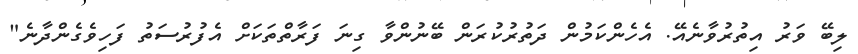
ލިބޭ ވަރު އިތުރުވާނެއޭ. އެހެންކަމުން ދަތުރުކުރަން ބޭނުންވާ ގިނަ ފަރާތްތަކަށް އެފުރުސަތު ފަހިވެގެންދާނެ"